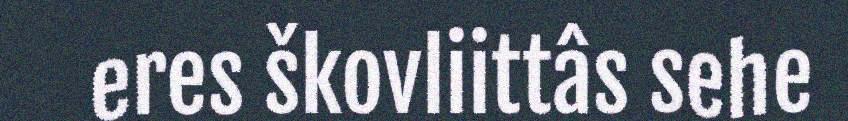
eres škovliittâs sehe